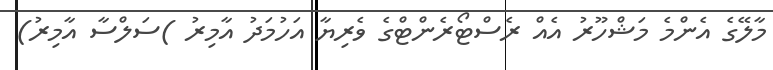
މާލޭގެ އެންމެ މަޝްހޫރު އެއް ރެސްޓޯރެންޓްގެ ވެރިޔާ އަހުމަދު އާމިރު )ސަލްސާ އާމިރު)